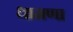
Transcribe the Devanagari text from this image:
धामणा